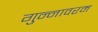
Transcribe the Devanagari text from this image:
गुन्नावरम